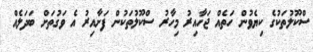
ސްކޫލުތަކުގެ ކިޔެވުން ހަތެއް ޖަހާއިރު މިހާރު ސްކޫލުތަކުން ފަށާއިރު އެ ވަގުތަށް ބަދަލެއް